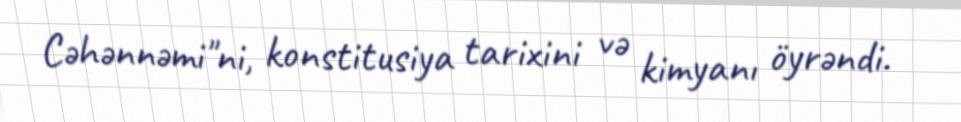
Cəhənnəmi"ni, konstitusiya tarixini və kimyanı öyrəndi.